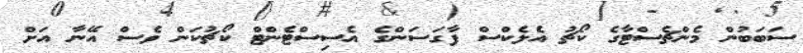
ސަބަބުން މެންޗެސްޓާގެ ކޯޗު އެލެކްސް ފާގަސަންގެ އެސިސްޓެންޓް ކޯޗުކަން ވެސް އޭނާ އަށް